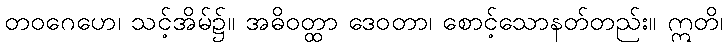
တဝဂေဟေ၊ သင့်အိမ်၌။ အဓိဝတ္ထာ ဒေဝတာ၊ စောင့်သောနတ်တည်း။ ဣတိ၊